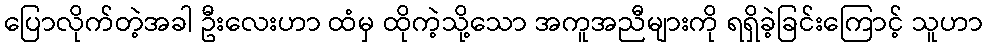
ပြောလိုက်တဲ့အခါ ဦးလေးဟာ ထံမှ ထိုကဲ့သို့သော အကူအညီများကို ရရှိခဲ့ခြင်းကြောင့် သူဟာ